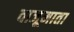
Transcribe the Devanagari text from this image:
वाजूमाता